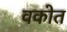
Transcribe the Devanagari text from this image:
वकोत